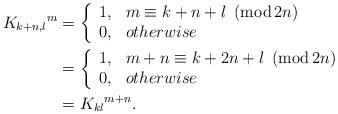
LaTeX: \begin{align*}K_{k+n,l}{}^{m} & =\left\{\begin{array}[c]{ll}1, & m\equiv k+n+l\ \left( \operatorname{mod}2n\right) \\0, & otherwise\end{array}\right. \\& =\left\{\begin{array}[c]{ll}1, & m+n\equiv k+{2n}+l\ \left( \operatorname{mod}2n\right) \\0, & otherwise\end{array}\right. \\& =K_{kl}{}^{m+n}.\end{align*}